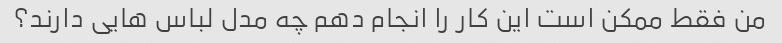
من فقط ممکن است این کار را انجام دهم چه مدل لباس هایی دارند؟